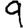
Digit: 9